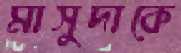
মাসুদাকে